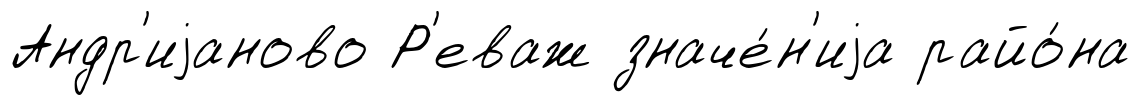
Андр'иjаново Р'еваж значе́н'иjа райо́на